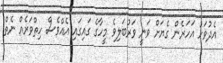
އެދުވަހު އަހަރެން ގެޔަށް ވަނީ ވަރުބަލިވެ މީހާގެ ގައިގައި އެއްވެސް ހިތްވަރެއް ނެތް